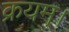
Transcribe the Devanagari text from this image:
क्रयम्।